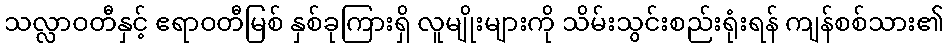
သလ္လာဝတီနှင့် ဧရာဝတီမြစ် နှစ်ခုကြားရှိ လူမျိုးများကို သိမ်းသွင်းစည်းရုံးရန် ကျန်စစ်သား၏